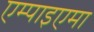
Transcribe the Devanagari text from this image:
एम्पाइएमा